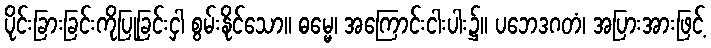
ပိုင်းခြားခြင်းကိုပြုခြင်းငှါ စွမ်းနိုင်သော။ ဓမ္မေ၊ အကြောင်းငါးပါး၌။ ပဘေဒဂတံ၊ အပြားအားဖြင့်